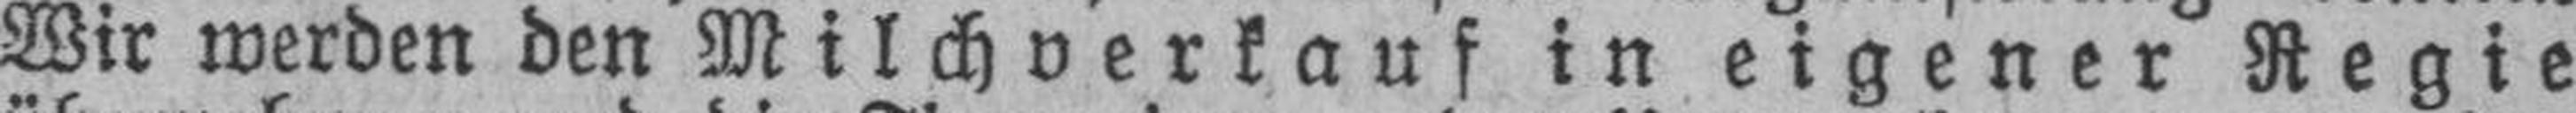
Wir werden den Milchverkauf in eigener Regie